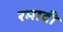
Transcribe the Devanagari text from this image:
रमादी